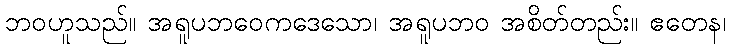
ဘဝဟူသည်။ အရူပဘဝေကဒေသော၊ အရူပဘဝ အစိတ်တည်း။ ဧတေန၊